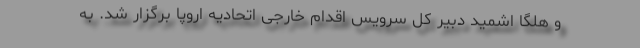
و هلگا اشمید دبیر کل سرویس اقدام خارجی اتحادیه اروپا برگزار شد. به